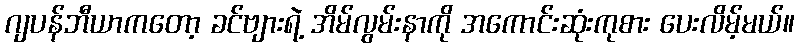
ဂျပန်ဘီယာကတော့ ခင်ဗျားရဲ့ အိမ်လွမ်းနာကို အကောင်းဆုံးကုစား ပေးလိမ့်မယ်။